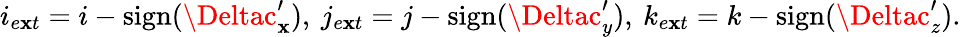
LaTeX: i_{e\mathbf{x}t}=i-\mathrm{{sign}}(\Deltac_{\mathbf{x}}^{\prime}),\: j_{e\mathbf{x}t}=j-\mathrm{{sign}}(\Deltac_{y}^{\prime}),\: k_{e\mathbf{x}t}=k-\mathrm{{sign}}(\Deltac_{z}^{\prime}).